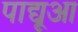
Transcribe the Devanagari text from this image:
पाद्यूआ